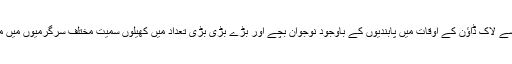
حکومت کی جانب سے لاک ڈاؤن کے اوقات میں پابندیوں کے باوجود نوجوان بچے اور بڑے بڑی بڑی تعداد میں کھیلوں سمیت مختلف سرگرمیوں میں مشغول نظر آتے ہیں۔